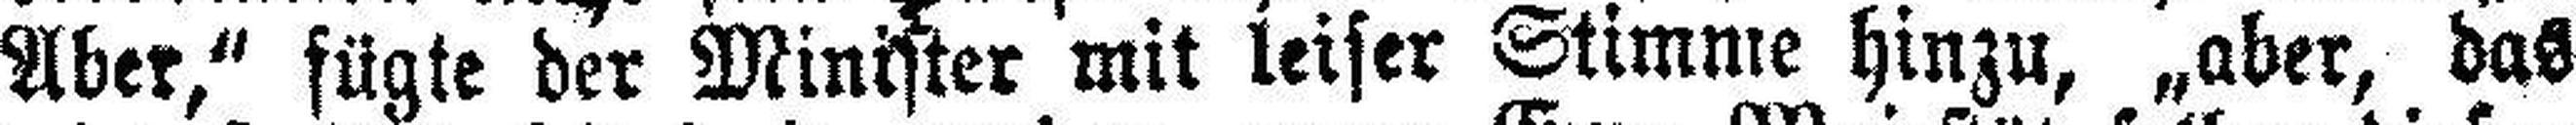
Aber,“ fügte der Minister mit leiser Stimme hinzu, „aber, das